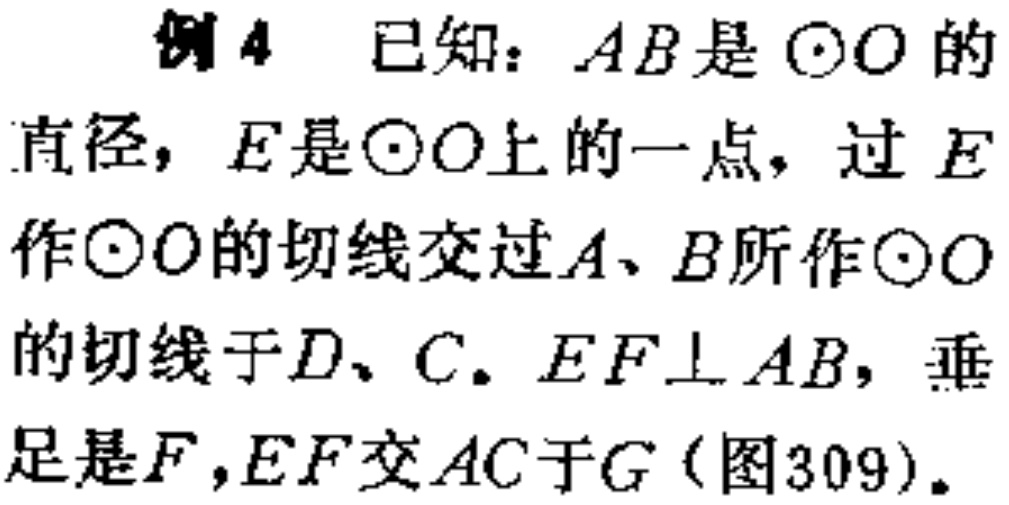
例4 已知：$AB$是$\odot O$的直径，$E$是$\odot O$上的一点，过$E$作$\odot O$的切线交过$A$、$B$所作$\odot O$的切线于$D$、$C$。$EF\perp AB$，垂足是$F$，$EF$交$AC$于$G$(图309)。